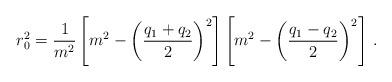
LaTeX: \begin{align*}r_{0}^{2} = \frac{1}{m^{2}} \left[m^{2} -\left(\frac{q_{1}+q_{2}}{2}\right)^{2}\right]\left[m^{2} -\left(\frac{q_{1}-q_{2}}{2}\right)^{2}\right]\, .\end{align*}